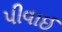
પીવાઈ